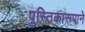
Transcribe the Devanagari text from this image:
पुस्तिकारूपाने